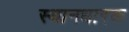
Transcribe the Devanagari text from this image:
स्थानधारक